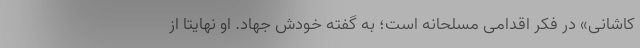
کاشانی» در فکر اقدامی مسلحانه است؛ به گفته خودش جهاد. او نهایتا از